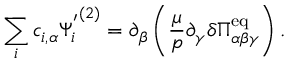
\sum _ { i } c _ { i , \alpha } { \Psi _ { i } ^ { ' } } ^ { ( 2 ) } = \partial _ { \beta } \left( \frac { \mu } { p } \partial _ { \gamma } \delta \Pi _ { \alpha \beta \gamma } ^ { \mathrm { e q } } \right) .